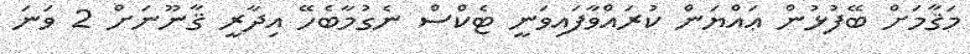
މަޤާމަށް ބޭފުޅުން ޢައްޔަން ކުރައްވާފައިވަނީ ޓެކްސް ނެގުމާބެހޭ އިދާރީ ޤާނޫނަށް 2 ވަނަ